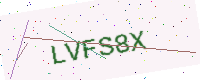
Text: LVFS8X